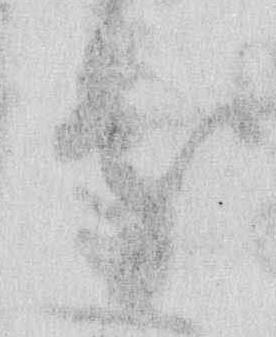
処